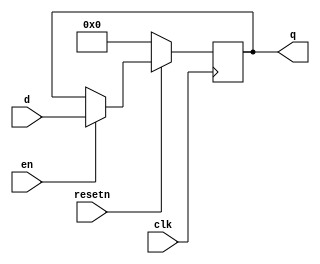
//-----------------------------------------------------------------------------
// Title         : L4_register - simple register with enable
// Project       : L4 - Maze Routing Accelerator
//-----------------------------------------------------------------------------
//-----------------------------------------------------------------------------
// Description :
// Simple parameterized register with active low synchronous reset
// and load enable.
//-----------------------------------------------------------------------------
// Copyright (c) 2004 by Lafayette College This model is the confidential and
// proprietary property of Lafayette College and the possession or use of this
// file requires a written license from Lafayette College.
//------------------------------------------------------------------------------
// Modification history :
// 19.07.2004 : created
//-----------------------------------------------------------------------------

module L4_register(clk, resetn, en, d, q);
    parameter NBITS=8;
    input  clk;
    input  resetn;
    input  en;
    input  [NBITS-1:0] d;
    output [NBITS-1:0] q;

    reg    [NBITS-1:0] q;

    always @(posedge clk)
        if (!resetn) q <= { NBITS{1'b0} };
        else if (en) q <= d;
endmodule